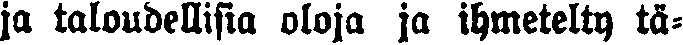
ja taloudellisia oloja ja ihmetelty tä-